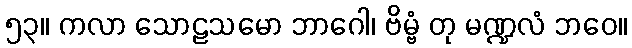
၅၃။ ကလာ သောဠသမော ဘာဂေါ၊ ဗိမ္ဗံ တု မဏ္ဍလံ ဘဝေ။